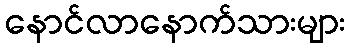
နောင်လာနောက်သားများ